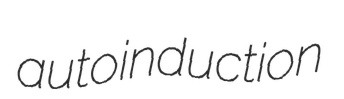
autoinduction